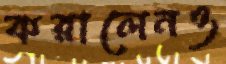
করালেনও